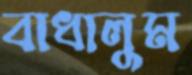
বাধালুম